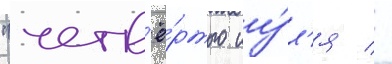
"четв'ё́ртого иу́л'я / -